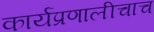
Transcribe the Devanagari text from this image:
कार्यप्रणालीचाच